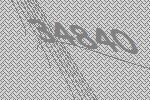
34840